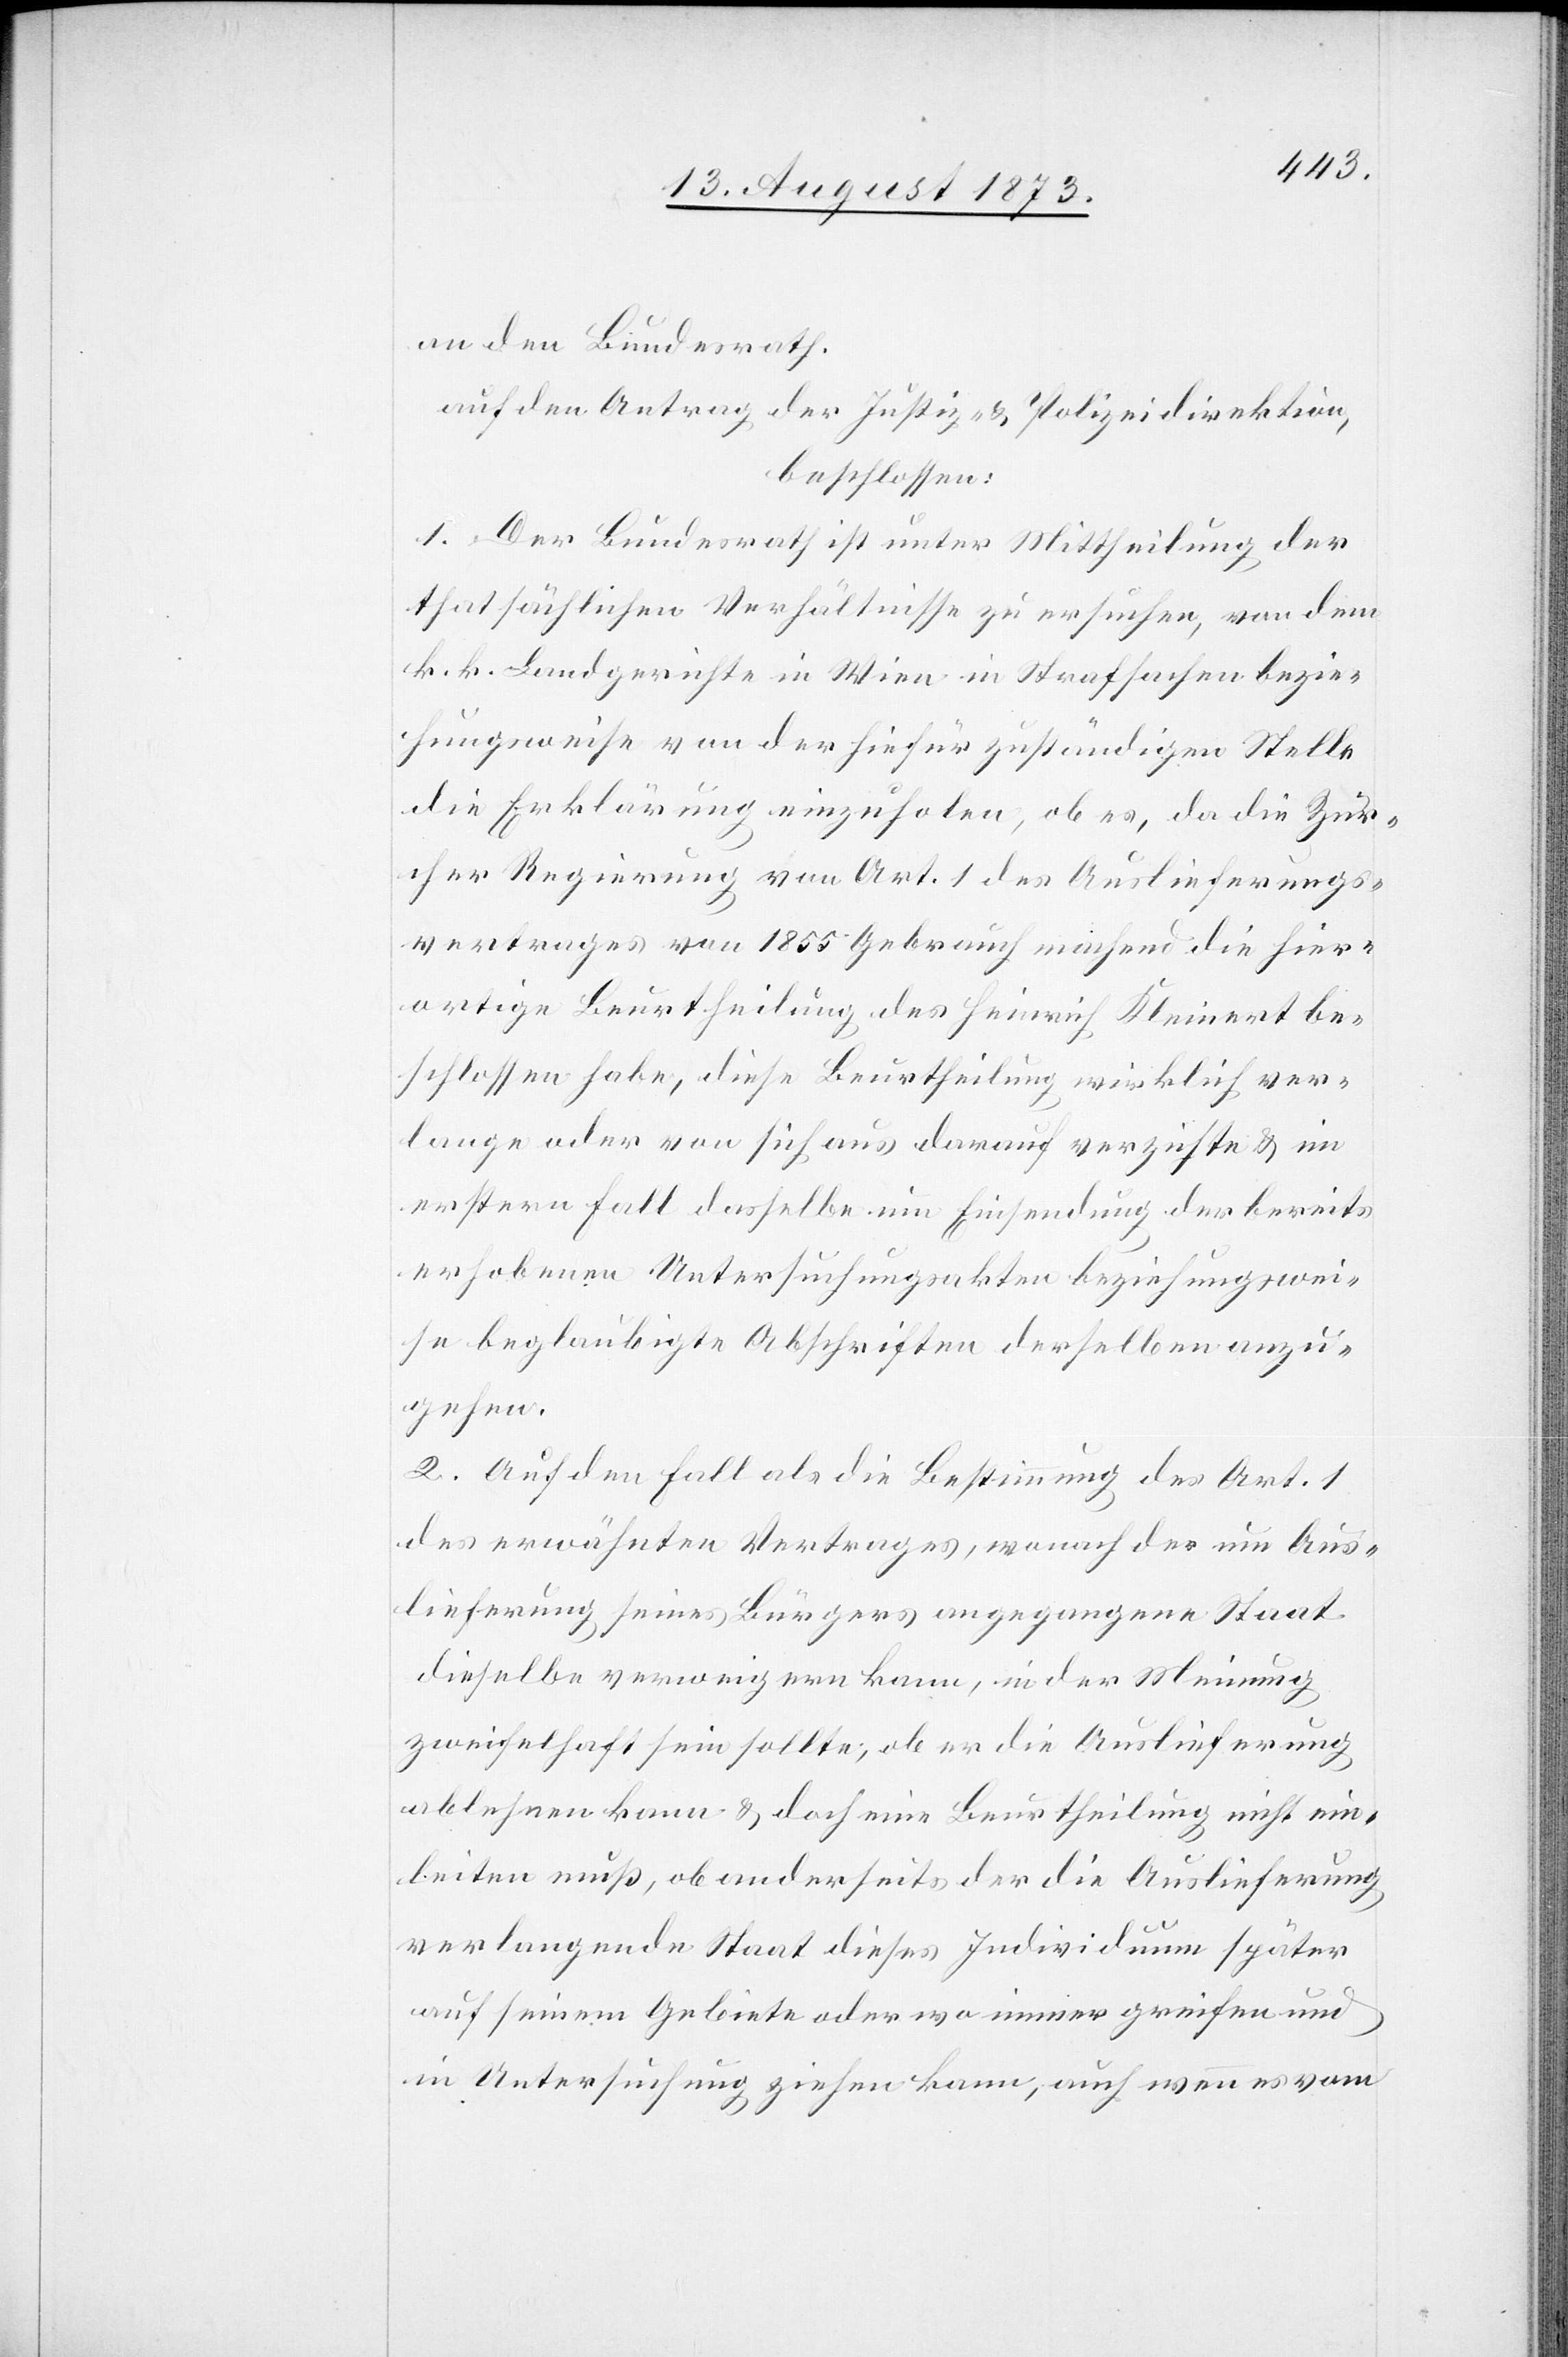
an den Bundesrath.
auf den Antrag der Justiz- & Polizeidirektion,
beschlossen:
1. Der Bundesrath ist unter Mittheilung der
thatsächlichen Verhältnisse zu ersuchen, von dem
k. k. Landgerichte in Wien in Strafsachen bezie¬
hungsweise von der hiefür zuständigen Stelle
die Erklärung einzuholen, ob es, da die Zür¬
cher Regierung von Art. 1 des Auslieferungs¬
vertrages von 1855 Gebrauch machend die hier¬
ortige Beurtheilung des Heinrich Kleinert be¬
schlossen habe, diese Beurtheilung wirklich ver¬
lange oder von sich aus darauf verzichte & im
erstern Fall dasselbe um Einsendung der bereits
erhobenen Untersuchungsakten beziehungswei¬
se beglaubigte Abschriften derselben anzu¬
gehen.
2. Auf den Fall als die Bestimmung des Art. 1
des erwähnten Vertrages, wonach der um Aus¬
lieferung seines Bürgers angegangene Staat
dieselbe verweigern kann, in der Meinung
zweifelhaft sein sollte, ob er die Auslieferung
ablehnen kann & doch eine Beurtheilung nicht ein¬
leiten muß, ob anderseits der die Auslieferung
verlangende Staat dieses Individuum später
auf seinem Gebiete oder wo immer greifen und
in Untersuchung ziehen kann, auch wenn es vom